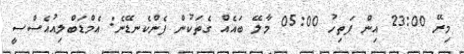
މިރޭ 23:00 އިން ފަތިހު 05:00 މާލޭ ބައެއް ގެތަކުން ފެންކެނޑޭނެ: އެމްޑަބްލިއުއެސްސީ